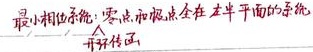
最小相位系统：零点和极点全在左半平面的系统。开环传递函数